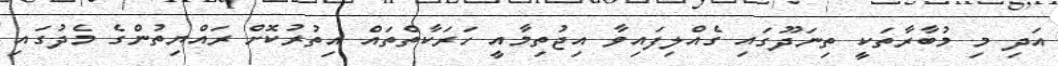
އަދި މި މުބާރާތަކީ ތިނަދޫގައި ގެއްލިފައިވާ އިޖުތިމާއީ ހަރަކާތްތައް އިތުރުކޮށް ރައްޔިތުންގެ މެދުގައި